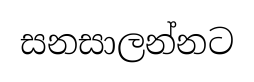
සනසාලන්නට